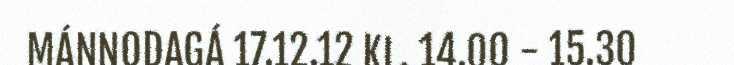
MÁNNODAGÁ 17.12.12 KL. 14.00 - 15.30